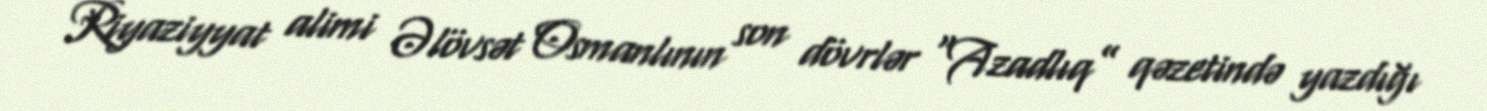
Riyaziyyat alimi Əlövsət Osmanlının son dövrlər “Azadlıq” qəzetində yazdığı